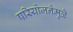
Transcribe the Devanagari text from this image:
परियोजनेमुळे